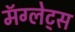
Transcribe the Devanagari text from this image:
मॅग्लेट्स